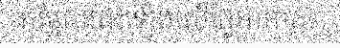
កម្អែលផេះឡើងលើផ្ទៃអាកាស